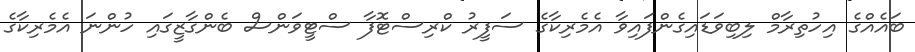
ބައެއްގެ އިހުތިރާމް ލިބިވަޑައިގެންފައިވާ އެމެރިކާގެ ސަފީރު ކްރިސްޓޮފާ ސްޓީވަންސް ބެންގާޒީގައި ހުންނަ އެމެރިކާގެ